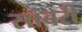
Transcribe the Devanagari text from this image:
सांबरी